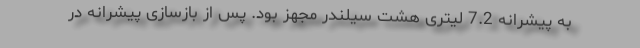
به پیشرانه 7.2 لیتری هشت سیلندر مجهز بود. پس از بازسازی پیشرانه در